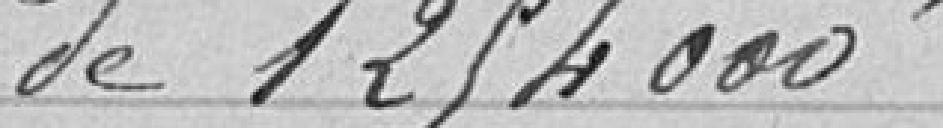
de 1 254 000 francs